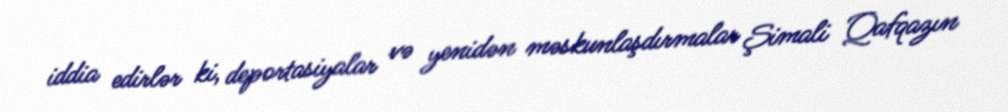
iddia edirlər ki, deportasiyalar və yenidən məskunlaşdırmalar Şimali Qafqazın